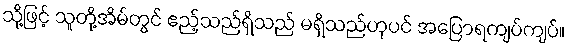
သို့ဖြင့် သူတို့အိမ်တွင် ဧည့်သည်ရှိသည် မရှိသည်ဟုပင် အပြောရကျပ်ကျပ်။